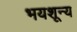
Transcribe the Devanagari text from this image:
भयशून्य